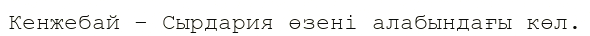
Кенжебай – Сырдария өзені алабындағы көл.